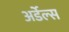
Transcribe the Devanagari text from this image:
अर्डेल्स